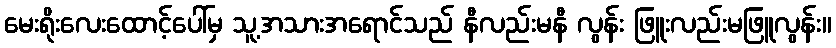
မေးရိုးလေးထောင့်ပေါ်မှ သူ့အသားအရောင်သည် နီလည်းမနီ လွန်း ဖြူးလည်းမဖြူလွန်း။